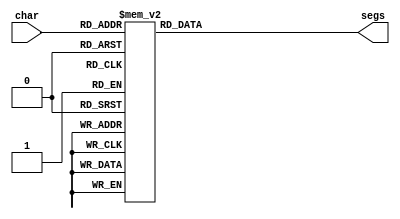
/*
   This file was generated automatically by Alchitry Labs version 1.2.1.
   Do not edit this file directly. Instead edit the original Lucid source.
   This is a temporary file and any changes made to it will be destroyed.
*/

module seven_seg_10 (
    input [3:0] char,
    output reg [6:0] segs
  );
  
  
  
  always @* begin
    
    case (char)
      1'h0: begin
        segs = 7'h77;
      end
      1'h1: begin
        segs = 7'h7f;
      end
      2'h2: begin
        segs = 7'h3f;
      end
      2'h3: begin
        segs = 7'h3e;
      end
      3'h4: begin
        segs = 7'h78;
      end
      3'h5: begin
        segs = 7'h79;
      end
      3'h6: begin
        segs = 7'h31;
      end
      3'h7: begin
        segs = 7'h40;
      end
      4'h8: begin
        segs = 7'h7f;
      end
      4'h9: begin
        segs = 7'h6d;
      end
      default: begin
        segs = 7'h00;
      end
    endcase
  end
endmodule